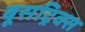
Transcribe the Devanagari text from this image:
बूसट्रिक्स